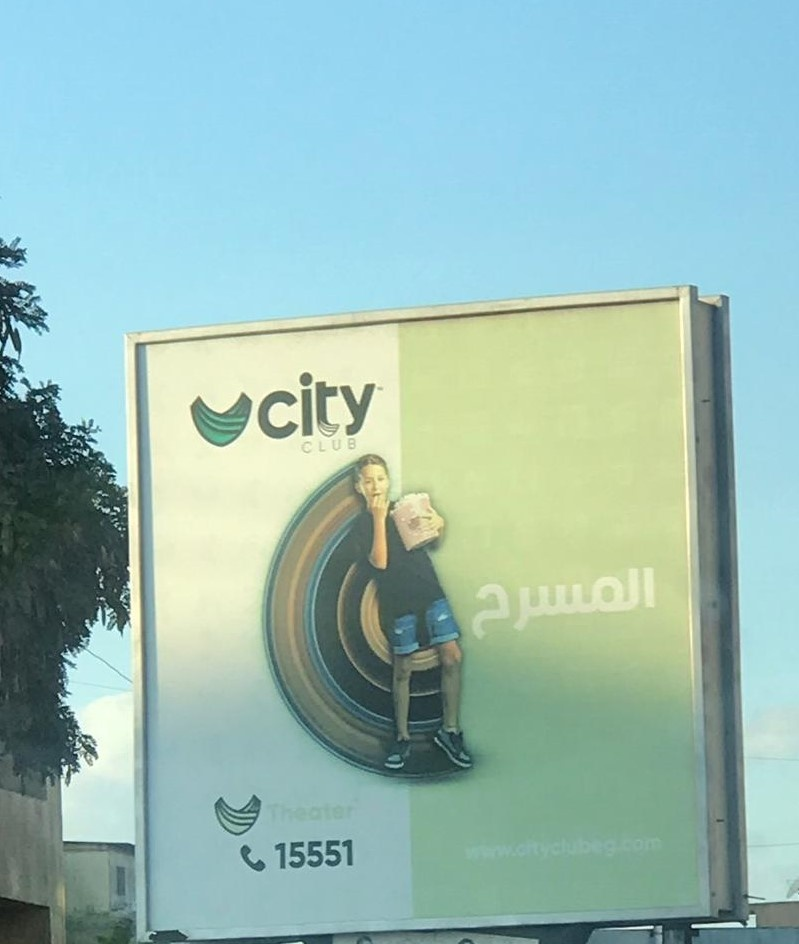
Text in image: المسرح city CLUB Theater 15551